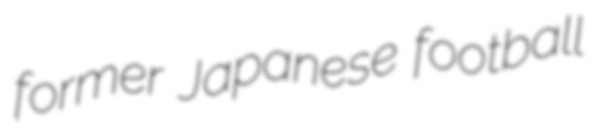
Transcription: former Japanese football